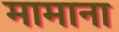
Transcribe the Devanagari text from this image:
मामाना